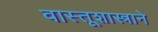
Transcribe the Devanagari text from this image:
वास्तूशास्त्राने